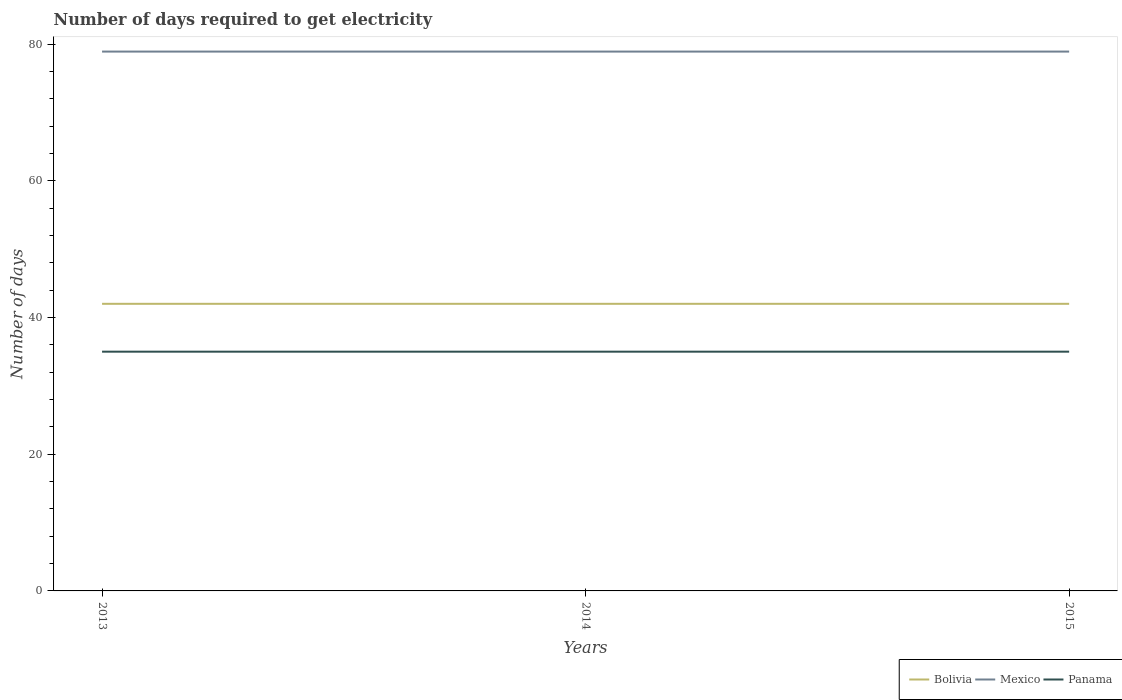
| Years | Bolivia | Mexico | Panama |
 | --- | --- | --- | --- |
 | 2013 | 42 | 78.9 | 35 |
 | 2014 | 42 | 78.9 | 35 |
 | 2015 | 42 | 78.9 | 35 |